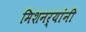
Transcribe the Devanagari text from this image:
मिशनर्‍यांनी